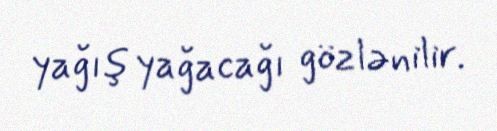
yağış yağacağı gözlənilir.